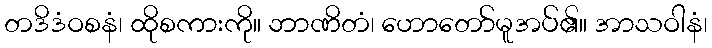
တဒိဒံဝစနံ၊ ထိုစကားကို။ ဘာဏိတံ၊ ဟောတော်မူအပ်၏။ အာသဝါနံ၊